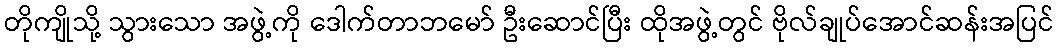
တိုကျိုသို့ သွားသော အဖွဲ့ကို ဒေါက်တာဘမော် ဦးဆောင်ပြီး ထိုအဖွဲ့တွင် ဗိုလ်ချုပ်အောင်ဆန်းအပြင်